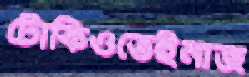
টোকিওতেইনাজ